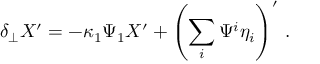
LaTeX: \delta _ { \perp } X ^ { \prime } = - \kappa _ { 1 } \Psi _ { 1 } X ^ { \prime } + \left( \sum _ { i } \Psi ^ { i } \eta _ { i } \right) ^ { \prime } \, .